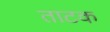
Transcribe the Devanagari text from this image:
ताटक